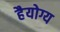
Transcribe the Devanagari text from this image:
हैयोग्य